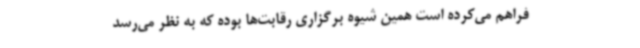
فراهم می‌کرده است همین شیوه برگزاری رقابت‌ها بوده که به نظر می‌رسد